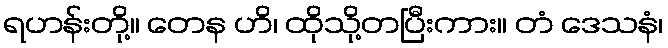
ရဟန်းတို့။ တေန ဟိ၊ ထိုသို့တပြီးကား။ တံ ဒေသနံ၊